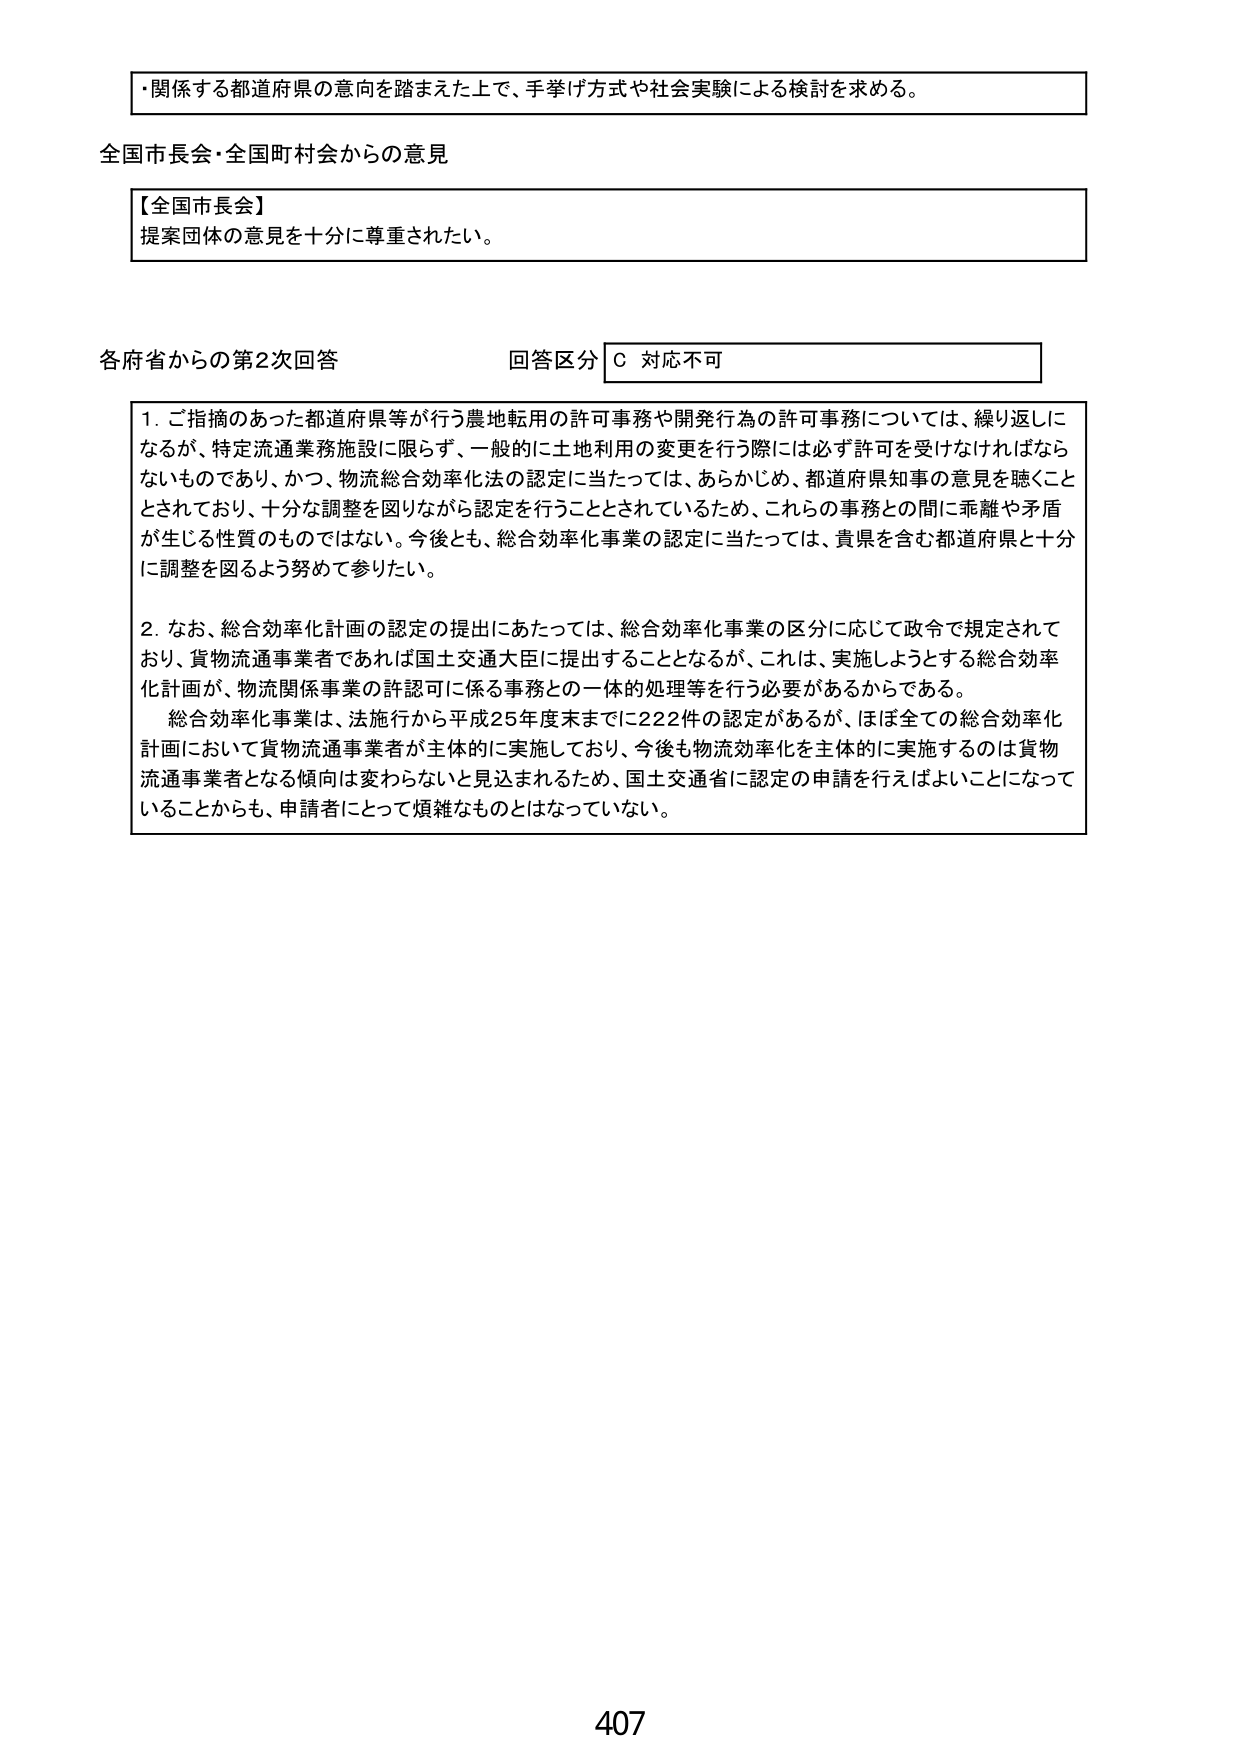
・関係する都道府県の意向を踏まえた上で、手挙げ方式や社会実験による検討を求める。

全国市長会・全国町村会からの意見

【全国市長会】
提案団体の意見を十分に尊重されたい。

各府省からの第2次回答　　　　　回答区分　C 対応不可

1. ご指摘のあった都道府県等が行う農地転用の許可事務や開発行為の許可事務については、繰り返しになるが、特定流通業務施設に限らず、一般的に土地利用の変更を行う際には必ず許可を受けなければならないものであり、かつ、物流総合効率化法の認定に当たっては、あらかじめ、都道府県知事の意見を聴くこととされており、十分な調整を図りながら認定を行うこととされているため、これらの事務との間に乖離や矛盾が生じる性質のものではない。今後とも、総合効率化事業の認定に当たっては、貴県を含む都道府県と十分に調整を図るよう努めて参りたい。

2. なお、総合効率化計画の認定の提出にあたっては、総合効率化事業の区分に応じて政令で規定されており、貨物流通事業者であれば国土交通大臣に提出することとなるが、これは、実施しようとする総合効率化計画が、物流関係事業の許認可に係る事務との一体的処理等を行う必要があるからである。
　総合効率化事業は、法施行から平成25年度末までに222件の認定があるが、ほぼ全ての総合効率化計画において貨物流通事業者が主体的に実施しており、今後も物流効率化を主体的に実施するのは貨物流通事業者となる傾向は変わらないと見込まれるため、国土交通省に認定の申請を行えばよいことになっていることからも、申請者にとって煩雑なものとはなっていない。

407